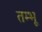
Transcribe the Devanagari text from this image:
तम्भू